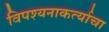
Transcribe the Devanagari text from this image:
विपश्यनाकर्त्याचा